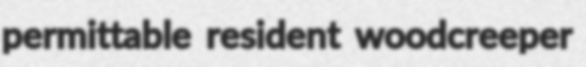
permittable resident woodcreeper